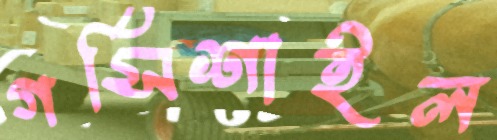
গর্সিশাইল